Proceedings of the meeting of veterinary officers in India
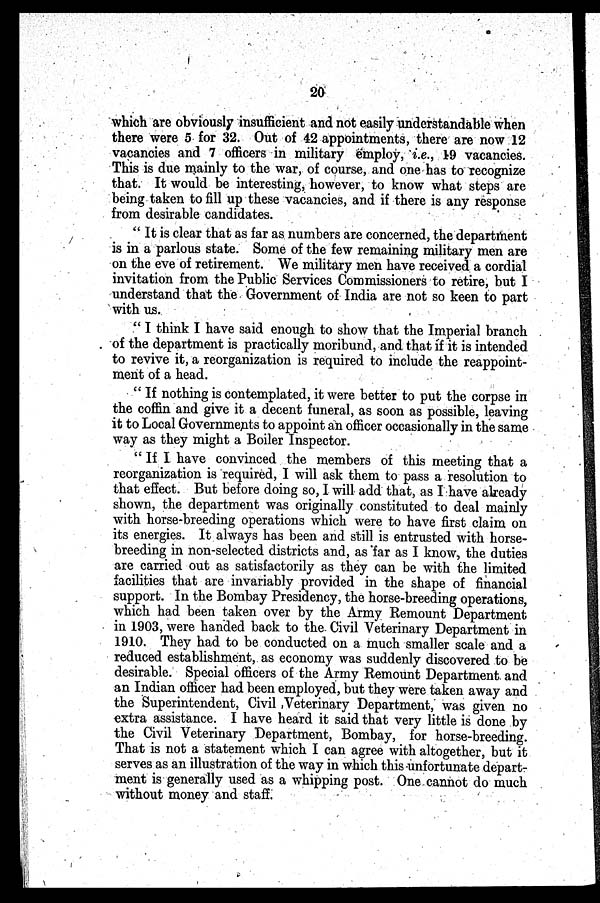
20
which are obviously insufficient and not easily understandable when
there were 5 for 32. Out of 42 appointments, there are now 12
vacancies and 7 officers in military employ, i.e., 19 vacancies.
This is due mainly to the war, of course, and one has to recognize
that. It would be interesting, however, to know what steps are
being taken to fill up these vacancies, and if there is any response
from desirable candidates.
" It is clear that as far as numbers are concerned, the department
is in a parlous state. Some of the few remaining military men are
on the eve of retirement. We military men have received a cordial
invitation from the Public Services Commissioners to retire, but I
understand that the Government of India are not so keen to part
with us.
" I think I have said enough to show that the Imperial branch
of the department is practically moribund, and that if it is intended
to revive it, a reorganization is required to include the reappoint-
ment of a head.
" If nothing is contemplated, it were better to put the corpse in
the coffin and give it a decent funeral, as soon as possible, leaving
it to Local Governments to appoint an officer occasionally in the same
way as they might a Boiler Inspector.
" If I have convinced the members of this meeting that a
reorganization is required, I will ask them to pass a resolution to
that effect. But before doing so, I will add that, as I have already
shown, the department was originally constituted to deal mainly
with horse-breeding operations which were to have first claim on
its energies. It always has been and still is entrusted with horse-
breeding in non-selected districts and, as far as I know, the duties
are carried out as satisfactorily as they can be with the limited
facilities that are invariably provided in the shape of financial
support. In the Bombay Presidency, the horse-breeding operations,
which had been taken over by the Army Remount Department
in 1903, were handed back to the Civil Veterinary Department in
1910. They had to be conducted on a much smaller scale and a
reduced establishment, as economy was suddenly discovered to be
desirable. Special officers of the Army Remount Department and
an Indian officer had been employed, but they were taken away and
the Superintendent, Civil ,Veterinary Department, was given no
extra assistance. I have heard it said that very little is done by
the Civil Veterinary Department, Bombay, for horse-breeding.
That is not a statement which I can agree with altogether, but it
serves as an illustration of the way in which this unfortunate depart-
ment is generally used as a whipping post. One cannot do much
without money and staff.